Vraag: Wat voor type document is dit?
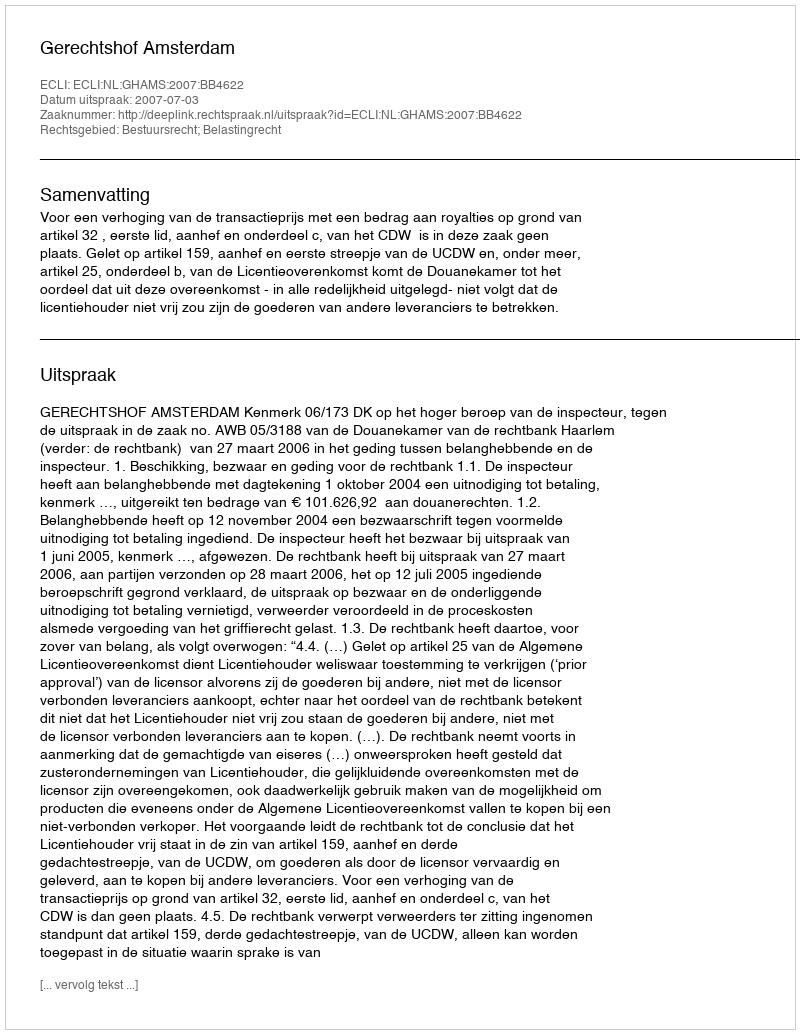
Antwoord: Uitspraak